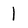
Character: l